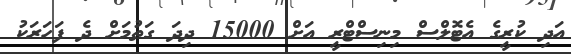
އަދި ކުރީގެ އެޓޮލްސް މިނިސްޓްރީ އަށް 15000 ދިދަ ގަތުމަށް ދެ ފަހަރަކު